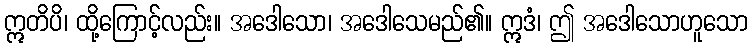
ဣတိပိ၊ ထို့ကြောင့်လည်း။ အဒေါသော၊ အဒေါသေမည်၏။ ဣဒံ၊ ဤ အဒေါသောဟူသော